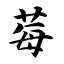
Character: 莓